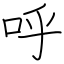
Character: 呼